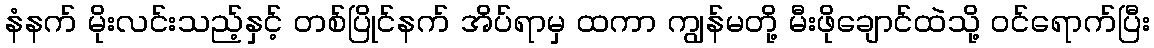
နံနက် မိုးလင်းသည့်နှင့် တစ်ပြိုင်နက် အိပ်ရာမှ ထကာ ကျွန်မတို့ မီးဖိုချောင်ထဲသို့ ဝင်ရောက်ပြီး